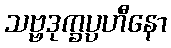
သဗ္ဗဒုက္ခပ္ပဟီနော